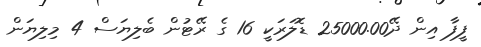
ފީފާ އިން ދޭ25000.00 ޑޮލަރަކީ 16 ގެ ރޭޓުން ބެލިޔަސް 4 މިލިޔަން